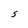
Character: S